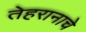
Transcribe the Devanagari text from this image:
तेहरानाचे